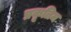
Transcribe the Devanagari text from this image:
प्रकृतिम